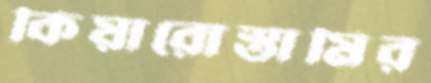
কিয়ারোস্তামির